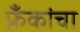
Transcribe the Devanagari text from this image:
फ्रँकांचा